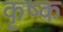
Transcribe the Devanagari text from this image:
कृष्क